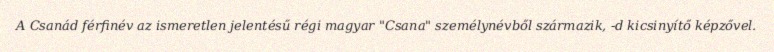
A Csanád férfinév az ismeretlen jelentésű régi magyar "Csana" személynévből származik, -d kicsinyítő képzővel.